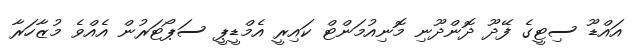
އައްޑޫ ސިޓީގެ ފޭދޫ ދޮންދޫނި މޮނިއުމަންޓް ކައިރީ އެމްޑީޕީ ސަޕޯޓަރުން އެއްވެ މުޒާހަރާ